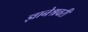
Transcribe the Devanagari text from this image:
ज्ञानेश्रवरी